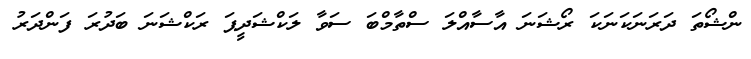
ންޝޯތަ ދަރަނަކަނަކަ ރޯޝަނަ އާސާއްލަ ސްތާމްބަ ސަވާ ލަކްޝަދީޕަ ރަކްޝަނަ ބަދުރަ ފަންދަރު